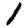
Digit: 1